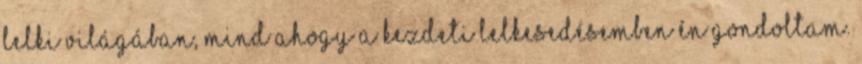
lelki világában, mind ahogy a kezdeti lelkesedésemben én gondoltam.